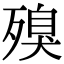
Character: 殠